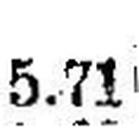
5.71